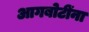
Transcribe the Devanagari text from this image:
आगबोटींना